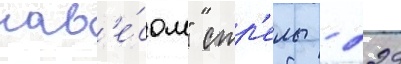
нав'е́сом" стр'елы - 229